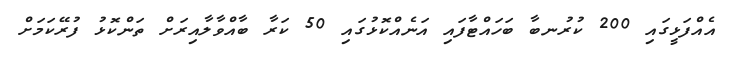
އެއްފަޅީގައި 200 ކުރުނބާ ބަހައްޓާފައި އަނެއްކޮޅުގައި 50 ކަރާ ބާއްވާލާއިރަށް ތަންކޮޅު ފުރޭކަމަށް